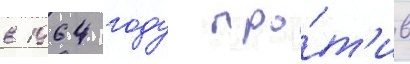
в 1964 году про́т'ив